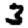
Digit: 3